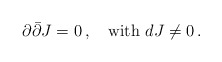
\begin{align*}\partial \bar{\partial} J = 0\,, \quad \hbox{with } d J \neq 0\,.\end{align*}